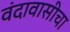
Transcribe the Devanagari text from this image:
वंदावासीचा